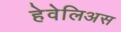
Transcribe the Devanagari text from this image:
हेवेलिअस